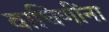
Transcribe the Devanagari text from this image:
वाघिणींना